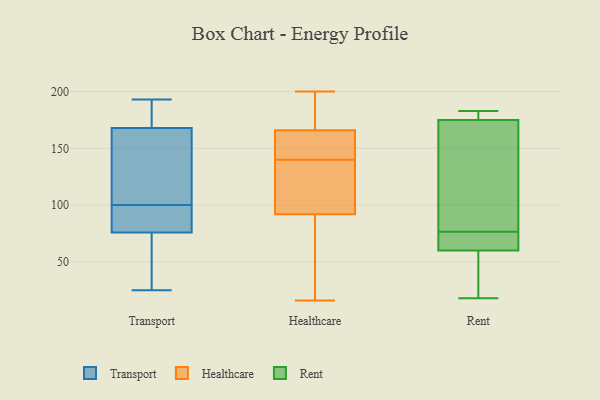
{"axis": {"x": "Shipments", "y": "Value"}, "legend": ["Healthcare", "Rent", "Transport"], "data": [{"x": "", "y": 168, "type": "Transport"}, {"x": "", "y": 100, "type": "Transport"}, {"x": "", "y": 50, "type": "Transport"}, {"x": "", "y": 177, "type": "Transport"}, {"x": "", "y": 168, "type": "Transport"}, {"x": "", "y": 69, "type": "Transport"}, {"x": "", "y": 150, "type": "Transport"}, {"x": "", "y": 193, "type": "Transport"}, {"x": "", "y": 78, "type": "Transport"}, {"x": "", "y": 100, "type": "Transport"}, {"x": "", "y": 83, "type": "Transport"}, {"x": "", "y": 25, "type": "Transport"}, {"x": "", "y": 97, "type": "Transport"}, {"x": "", "y": 68, "type": "Transport"}, {"x": "", "y": 93, "type": "Transport"}, {"x": "", "y": 175, "type": "Transport"}, {"x": "", "y": 144, "type": "Transport"}, {"x": "", "y": 78, "type": "Healthcare"}, {"x": "", "y": 16, "type": "Healthcare"}, {"x": "", "y": 106, "type": "Healthcare"}, {"x": "", "y": 106, "type": "Healthcare"}, {"x": "", "y": 144, "type": "Healthcare"}, {"x": "", "y": 156, "type": "Healthcare"}, {"x": "", "y": 49, "type": "Healthcare"}, {"x": "", "y": 171, "type": "Healthcare"}, {"x": "", "y": 161, "type": "Healthcare"}, {"x": "", "y": 132, "type": "Healthcare"}, {"x": "", "y": 185, "type": "Healthcare"}, {"x": "", "y": 136, "type": "Healthcare"}, {"x": "", "y": 198, "type": "Healthcare"}, {"x": "", "y": 200, "type": "Healthcare"}, {"x": "", "y": 153, "type": "Healthcare"}, {"x": "", "y": 67, "type": "Healthcare"}, {"x": "", "y": 75, "type": "Rent"}, {"x": "", "y": 78, "type": "Rent"}, {"x": "", "y": 182, "type": "Rent"}, {"x": "", "y": 183, "type": "Rent"}, {"x": "", "y": 162, "type": "Rent"}, {"x": "", "y": 175, "type": "Rent"}, {"x": "", "y": 60, "type": "Rent"}, {"x": "", "y": 75, "type": "Rent"}, {"x": "", "y": 19, "type": "Rent"}, {"x": "", "y": 18, "type": "Rent"}]}